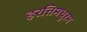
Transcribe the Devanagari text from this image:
इरत्तिमधुरम